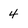
Character: 4